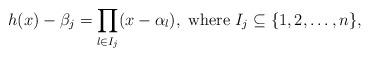
LaTeX: \begin{align*}h(x)-\beta_j=\prod_{l\in I_j}(x-\alpha_l),\ \textnormal{where}\ I_j\subseteq \{1, 2, \ldots, n\},\end{align*}